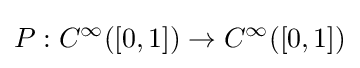
P:C^{\infty }([0,1])\to C^{\infty }([0,1])